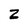
Character: Z